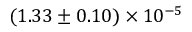
( 1 . 3 3 \pm 0 . 1 0 ) \times 1 0 ^ { - 5 }